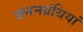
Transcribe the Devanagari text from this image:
जननग्रंथियां